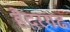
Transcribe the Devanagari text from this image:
हैदरगढ